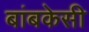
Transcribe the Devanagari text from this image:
बांबकेसी